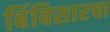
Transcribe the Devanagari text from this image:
बिंबिसारचा